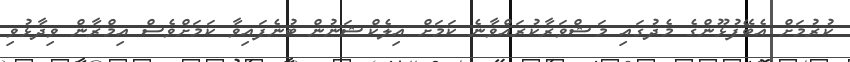
ކުރުމަށް އެބޭފުޅޫންގެ މެދުގައި މަޝްްވަރާކުރައްވާނެ ކަމަށް އިލެކްޝަނުން ބުނެފައިވާ ކަމަށްވެސް އިމްރާން ވިދާޅުވި